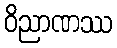
ဝိညာဏဿ